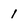
Character: 1